Second report of the anti-malarial operations at Mian Mir, 1901-1903 - Number 9
Year: 1901
Disease focus: Malaria
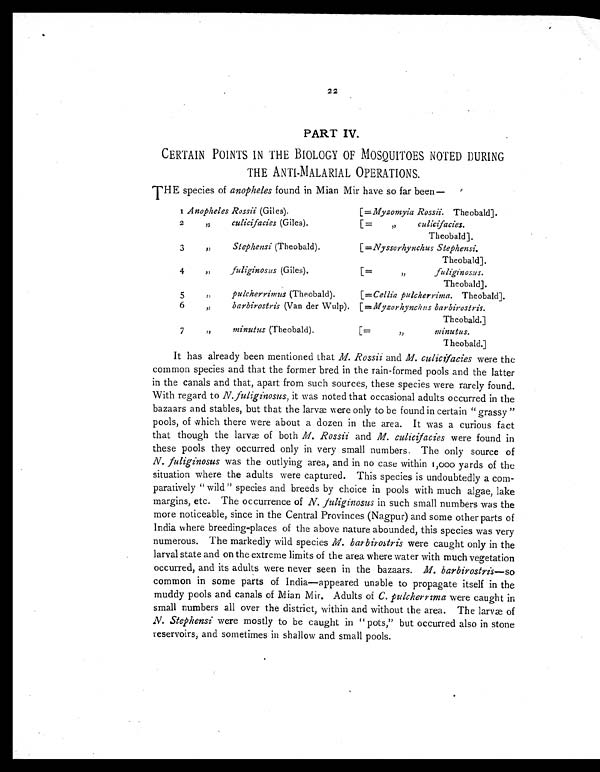
22
PART IV.
CERTAIN POINTS IN THE BIOLOGY OF MOSQUITOES NOTED DURING
THE ANTI-MALARIAL OPERATIONS.
T
HE species of anopheles found in Mian Mir have so far been
—
1 Anopheles Rossii (Giles).
[=Myzomyia Rossii. Theobald].
2
" culicifacies (Giles).
[=
,,
culicifacies.
Theobald].
3
" Stephensi (Theobald).
[= Nyssorhynchus Stephensi.
Theobald].
4
,,
fuliginosus (Giles).
[=
,,
fuliginosus.
Theobald].
5
,,
pulcherrimus (Theobald).
[= Cellia pulcherrima. Theobald].
6
,,
barbirostris (Van der Wulp). [=Myzorhynchus barbirostris.
Theobald.]
7
,,
minutus (Theobald).
[=
,,
minutus.
Theobald.]
It has already been mentioned that M. Rossii and M. culicifacies were the
common species and that the former bred in the rain-formed pools and the latter
in the canals and that, apart from such sources, these species were rarely found.
With regard to N. fuliginosus, it was noted that occasional adults occurred in the
bazaars and stables, but that the larvæ were only to be found in certain "grassy "
pools, of which there were about a dozen in the area. It was a curious fact
that though the larvæ of both M. Rossii and M. culicifacies were found in
these pools they occurred only in very small numbers. The only source of
N. fuliginosus was the outlying area, and in no case within 1,000 yards of the
situation where the adults were captured. This species is undoubtedly a com-
paratively " wild " species and breeds by choice in pools with much algae, lake
margins, etc. The occurrence of N. fuliginosus in such small numbers was the
more noticeable, since in the Central Provinces (Nagpur) and some other parts of
India where breeding-places of the above nature abounded, this species was very
numerous. The markedly wild species M. barbirostris were caught only in the
larval state and on the extreme limits of the area where water with much vegetation
occurred, and its adults were never seen in the bazaars. M. barbirostris —so
common in some parts of India—appeared unable to propagate itself in the
muddy pools and canals of Mian Mir. Adults of C. pulcherrima were caught in
small numbers all over the district, within and without the area. The larvæ of
N. Stephensi were mostly to be caught in " pots," but occurred also in stone
reservoirs, and sometimes in shallow and small pools.